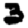
Digit: 3